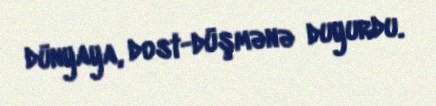
dünyaya, dost-düşmənə duyurdu.